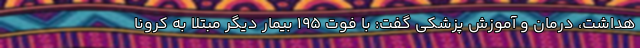
هداشت، درمان و آموزش پزشکی گفت: با فوت ۱۹۵ بیمار دیگر مبتلا به کرونا